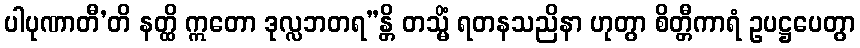
ပါပုဏာတီ’တိ နတ္ထိ ဣတော ဒုလ္လဘတရ”န္တိ တသ္မိံ ရတနသညိနာ ဟုတွာ စိတ္တီကာရံ ဥပဋ္ဌပေတွာ